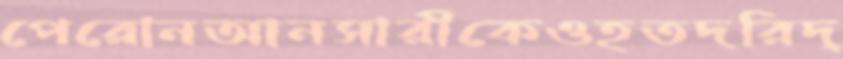
পেরোনআনসারীকেওহতদরিদ্